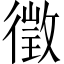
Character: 徵